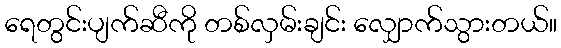
ရေတွင်းပျက်ဆီကို တစ်လှမ်းချင်း လျှောက်သွားတယ်။